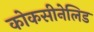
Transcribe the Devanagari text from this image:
कोकसीनेलिड